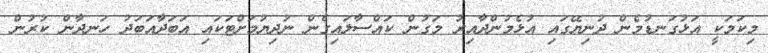
މިކަމަކީ އަޅުގަނޑުމެން ދުނިޔޭގައި އުޅެމުންދާއިރު މަގުން ކައްސާލައިގެން ނުދިޔުމަށްޓަކައި އަބަދާއަބަދު ހަނދާން ކުރުން